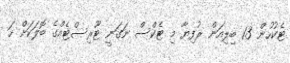
ޓެކުހުން 1.3 ބިލިއަން ރުފިޔާ މި ޓެކްސް ނަގަނީ ޓޫރިސްޓެއްގެ ބޮލަކަށް ހަ